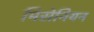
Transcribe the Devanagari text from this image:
मिसेनियन